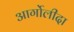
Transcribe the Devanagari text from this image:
आर्गोलीदा